Reports on dispensaries and lunatic asylums in the Province of Oudh - 1869-1876
Year: 1869
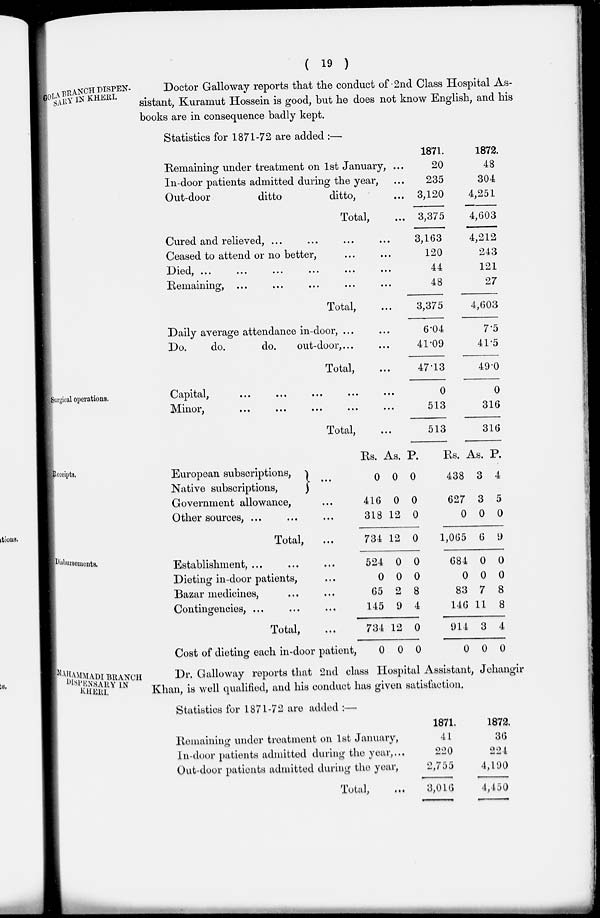
( 19 )
GOLA BRANCH DISPEN-
SARY IN KHERI.
Doctor Galloway reports that the conduct of 2nd Class Hospital As-
sistant, Kuramut Hossein is good, but he does not know English, and his
books are in consequence badly kept.
Statistics for 1871-72 are added :—
Remaining under treatment on 1st January, ...
In-door patients admitted during the year, ...
Out-door
ditto
ditto, ...
Total, ...
Cured and relieved, ... ... ... ...
Ceased to attend or no better, ... ...
Died,
...
...
...
...
...
...
Remaining, ... ... ... ... ...
Total, ...
Daily average attendance in-door, ... ...
Do.
do.
do.
out-door, ... ...
Total, ...
1871.
20
235
3,120
3,375
3,163
120
44
48
3,375
6.04
41.09
47.13
1872.
48
304
4,251
4,603
4,212
243
121
27
4,603
7.5
41.5
49.0
Surgical operations.
Capital,
Minor,
... ... ... ... ...
... ... ... ... ...
Total, ...
0
513
513
0
316
316
Receipts.
European subscriptions, ...
Native subscriptions,
...
Government allowance, ...
Other sources, ... ... ...
Total, ...
Rs.
0
416
318
734
As.
0
0
12
12
P.
0
0
0
0
Rs.
438
627
0
1,065
As.
3
3
0
6
P.
4
5
0
9
Disbursements.
Establishment, ... ... ...
Dieting in-door patients, ...
Bazar medicines, ... ...
Contingencies, ... ... ...
Total, ...
Cost of dieting each in-door patient,
524
0
65
145
734
0
0
0
2
9
12
0
0
0
8
4
0
0
684
0
83
146
914
0
0
0
7
11
3
0
0
0
8
8
4
0
MAHAMMADI BRANCH
DISPENSARY IN
KHERI.
Dr. Galloway reports that 2nd class Hospital Assistant, Jehangir
Khan, is well qualified, and his conduct has given satisfaction.
Statistics for 1871-72 are added :—
Remaining under treatment on 1st January,
In-door patients admitted during the year,...
Out-door patients admitted during the year,
Total, ...
1871.
41
220
2,755
3,016
1872.
36
224
4,190
4,450